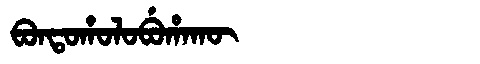
Manchu: ᠪᠣᠨᡨᠣᡥᠣᠯᠣᠪᡠᡥᠠᡴᡡ
Romanization: BONTOHOLOBUHAKŪ